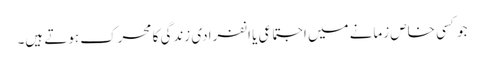
جو کسی خاص زمانے میں اجتماعی یا انفرادی زندگی کا محرک ہوتے ہیں۔